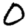
Digit: 0